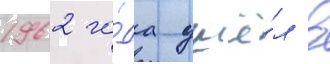
1962 го́да ушё́л в